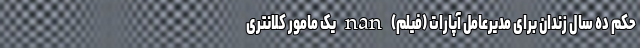
حکم ده سال زندان برای مدیرعامل آپارات (فیلم) nan یک مامور کلانتری